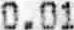
0.01